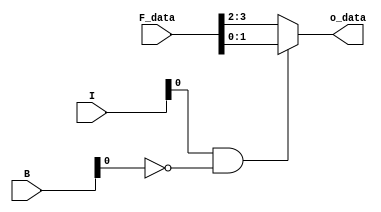

 `timescale 1ns / 1ps
//////////////////////////////////////////////////////////////////////////////////
// Company: 
// Engineer: 
// 
// Design Name: 
// Module Name: 2
// Project Name: 
// Target Devices: 
// Tool Versions: 
// Description: 
// 
// Dependencies: 
// 
// Revision:
// Revision 0.01 - File Created
// Additional Comments:
// 
//////////////////////////////////////////////////////////////////////////////////


  
module Data2 #(parameter FIFOS = 2, parameter DATAWIDTH = 2) (
  input [FIFOS-1:0] I,
  input [FIFOS-1:0] B,
  input [FIFOS*DATAWIDTH-1:0] F_data,
  output [DATAWIDTH-1:0] o_data
);

  reg [DATAWIDTH-1:0] Fout;

  always @(*) begin
    if (I[0] && !B[0]) begin
      Fout = F_data[DATAWIDTH*1-1:DATAWIDTH*0];
    end
    else begin
      Fout = F_data[DATAWIDTH*2-1:DATAWIDTH*1];
    end
  end

  assign o_data = Fout;

endmodule